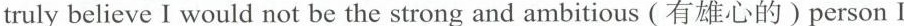
truly ibelieve I wouid not he the strong and ambitious (有雄心的)person I